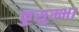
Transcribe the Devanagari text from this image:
कुसुम्भा